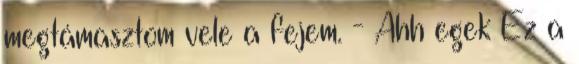
megtámasztom vele a fejem. - Ahh egek Ez a